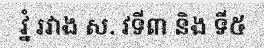
វ្នំ រវាង ស. វទី៣ និង ទី៥